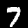
Digit: 7